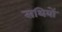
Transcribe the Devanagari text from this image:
सथियों